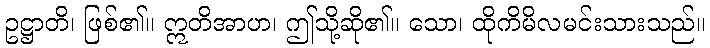
ဥဋ္ဌာတိ၊ ဖြစ်၏။ ဣတိအာဟ၊ ဤသို့ဆို၏။ သော၊ ထိုကိမိလမင်းသားသည်။